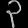
Digit: ၃